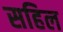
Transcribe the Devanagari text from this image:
सहिल